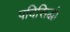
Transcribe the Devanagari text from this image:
पदिसिद्धं।